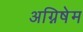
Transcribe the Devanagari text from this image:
अग्निषेम